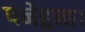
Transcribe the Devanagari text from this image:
पर्नेहुन्छ।